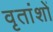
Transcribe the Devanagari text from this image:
वृतांशों